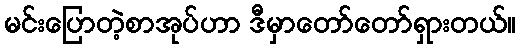
မင်းပြောတဲ့စာအုပ်ဟာ ဒီမှာတော်တော်ရှားတယ်။